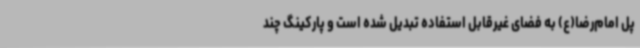
پل امام‌رضا(ع) به فضای غیرقابل استفاده تبدیل شده است و پارکینگ چند